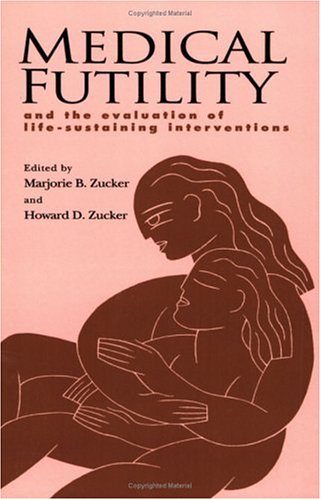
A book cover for Medical Futility: And the Evaluation of Life-Sustaining Interventions; Medical Books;